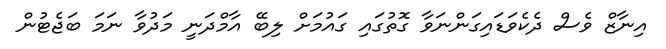
އިނާޒް ވެސް ދެކެވަޑައިގަންނަވާ ގޮތުގައި ގައުމަށް ލިބޭ އާމްދަނީ މަދުވާ ނަމަ ބަޖެޓުން